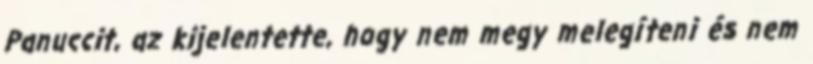
Panuccit, az kijelentette, hogy nem megy melegíteni és nem